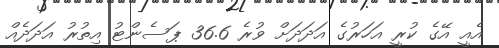
އެއީ އޭގެ ކުރީ އަހަރުގެ އަދަދަށް ވުރެ 36.6 ޕަސެންޓު އިތުރު އަދަދެއް